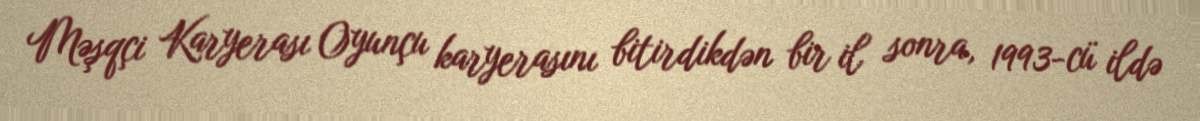
Məşqçi Karyerası Oyunçu karyerasını bitirdikdən bir il sonra, 1993-cü ildə